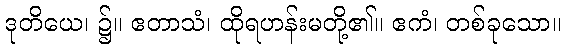
ဒုတိယေ၊ ၌။ ဧတာသံ၊ ထိုရဟန်းမတို့၏။ ဧကံ၊ တစ်ခုသော။